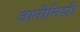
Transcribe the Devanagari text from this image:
जातीनिशी